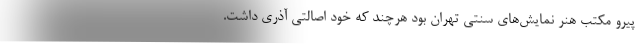
پیرو مکتب هنر نمایش‌های سنتی تهران بود هرچند که خود اصالتی آذری داشت.